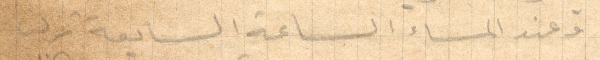
وعند المساء الساعة السابعة نزلت